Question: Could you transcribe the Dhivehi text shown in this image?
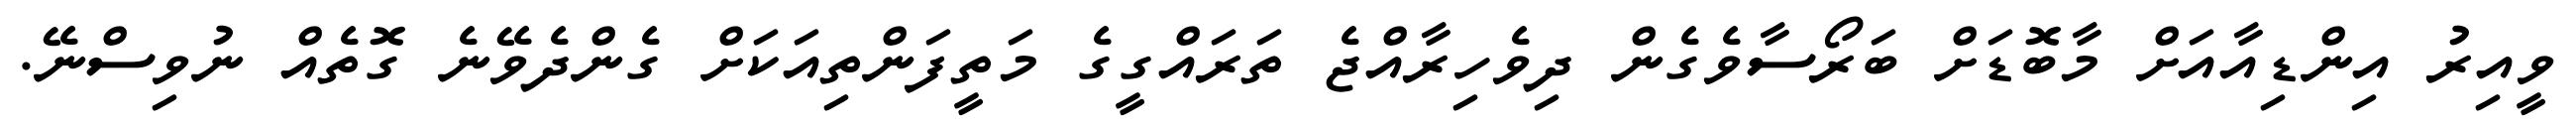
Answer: ވީއިރު އިންޑިއާއަށް މާބޮޑަށް ބަރޯސާވެގެން ދިވެހިރާއްޖެ ތަރައްގީގެ މަތީފަންތިއަކަށް ގެންދެވޭނެ ގޮތެއް ނުވިސްނޭ.